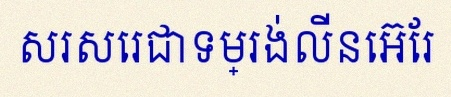
សរសេរជាទម្រង់លីនេអ៊ែរ